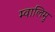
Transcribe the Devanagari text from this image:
म्वालिमु